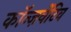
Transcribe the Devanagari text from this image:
कॉन्ज़र्वेटिव